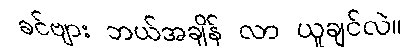
ခင်ဗျား ဘယ်အချိန် လာ ယူချင်လဲ။